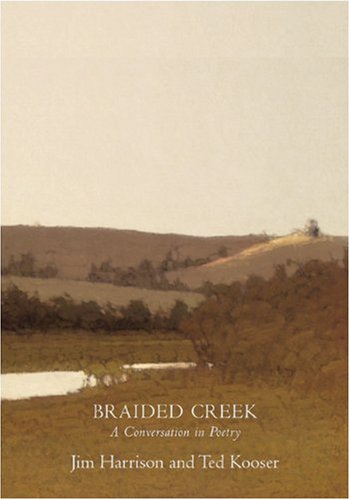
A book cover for Braided Creek: A Conversation in Poetry; Jim Harrison; Literature & Fiction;